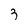
Character: 3